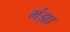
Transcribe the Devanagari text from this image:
मंझा